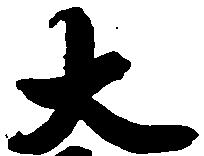
大